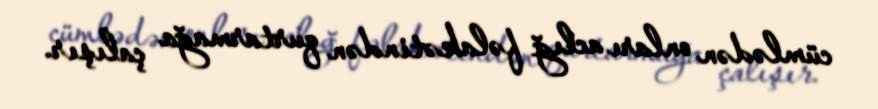
cümlədən onları aclığ fəlakətindən qurtarmağa çalışır.